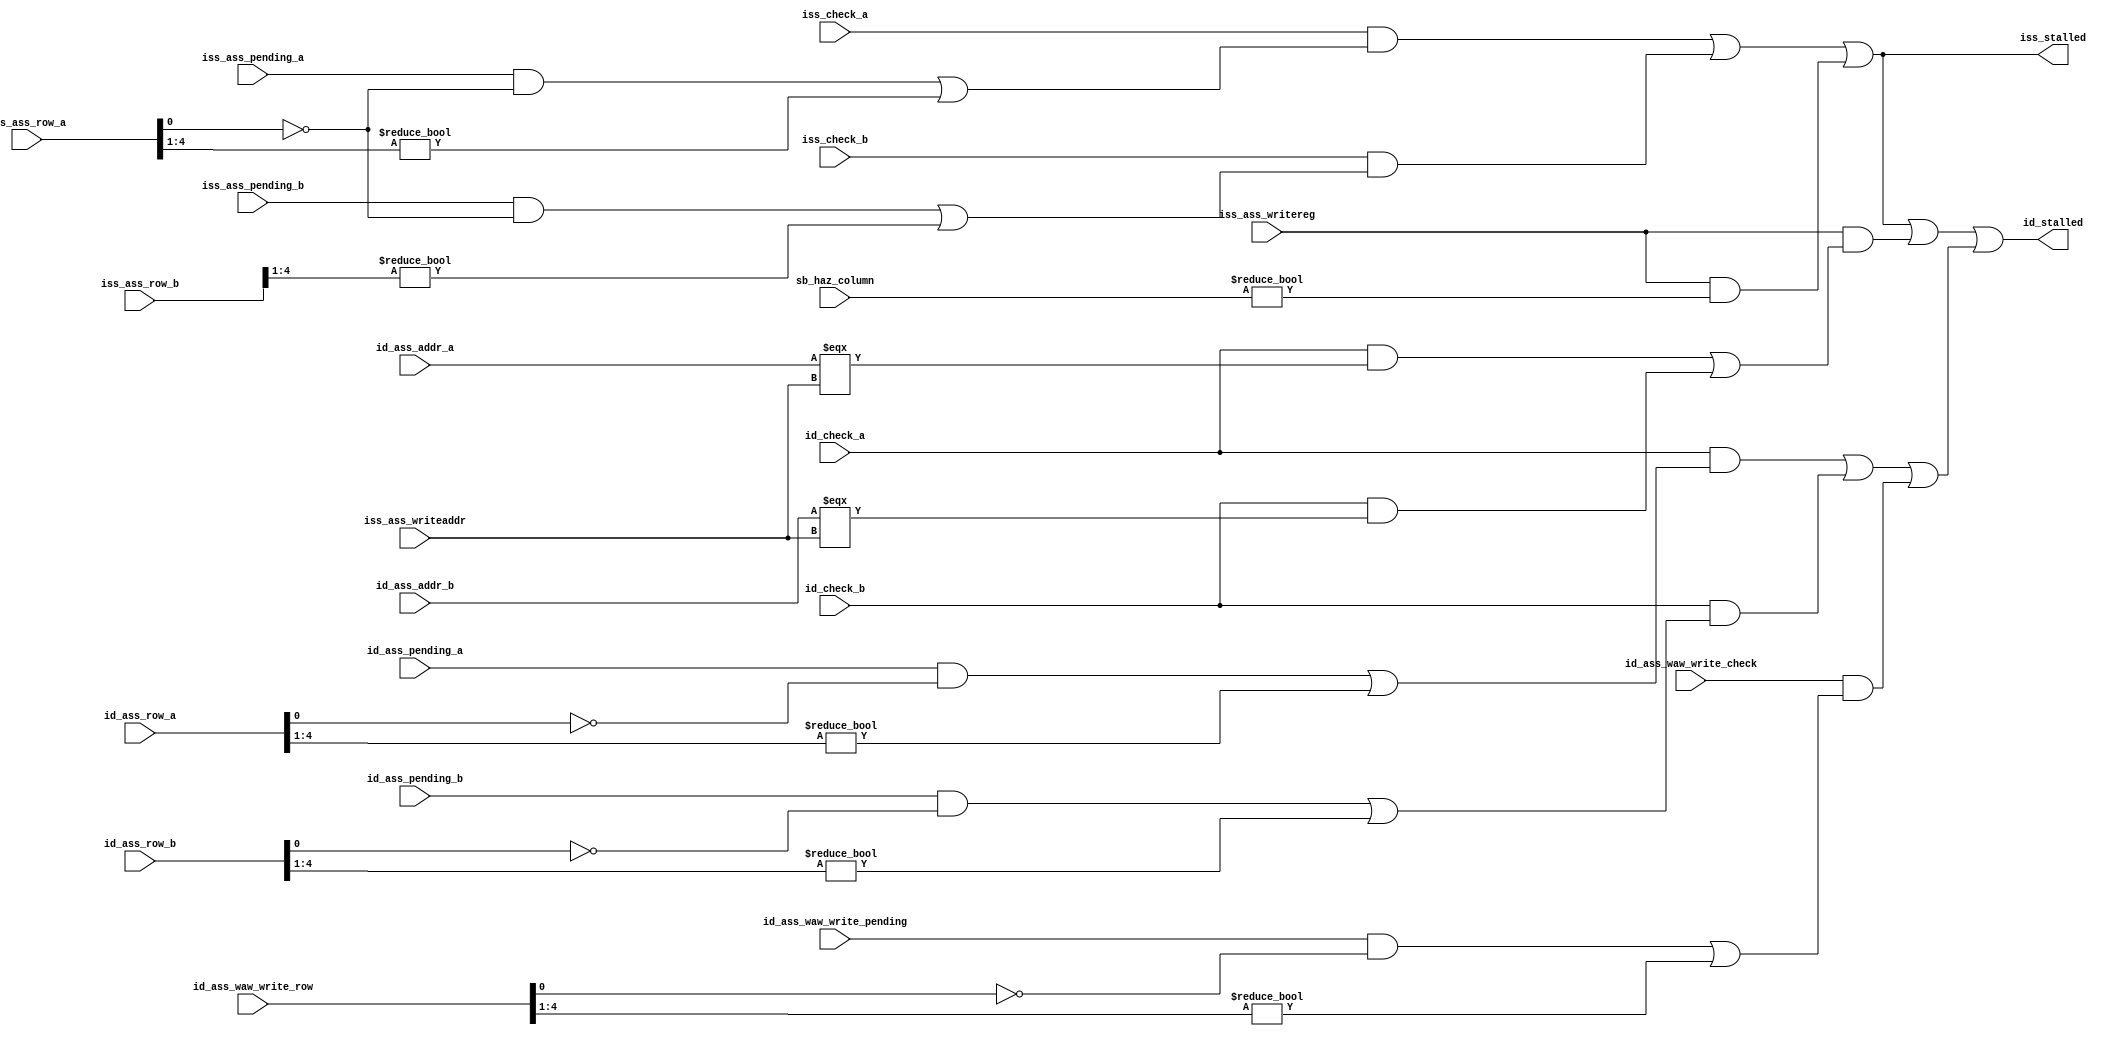
module HazardDetector (
    // Issue interface
    input iss_ass_pending_a,
    input [4:0] iss_ass_row_a,
    input iss_check_a,
    input iss_ass_pending_b,
    input [4:0] iss_ass_row_b,
    input iss_check_b,

    output iss_stalled,

    // Decode interface
    input [4:0] id_ass_addr_a,
    input id_ass_pending_a,
    input [4:0] id_ass_row_a,
    input id_check_a, // 1 = check both registers, 0 = check 'a' only
    input [4:0] id_ass_addr_b,
    input id_ass_pending_b,
    input [4:0] id_ass_row_b,
    input id_check_b,
    input [4:0] iss_ass_writeaddr,

    // Writeback structural hazard check
    input iss_ass_writereg,
    input [31:0] sb_haz_column,

    // WAW hazard check
    input id_ass_waw_write_pending,
    input [4:0] id_ass_waw_write_row,
    input id_ass_waw_write_check,

    output id_stalled

);

assign iss_stalled =
    iss_check_a &&
    (iss_ass_pending_a && !(iss_ass_row_a[0]) || iss_ass_row_a[4:1] != 0) ||
    iss_check_b &&
    (iss_ass_pending_b && !(iss_ass_row_a[0]) || iss_ass_row_b[4:1] != 0) ||
    iss_ass_writereg && (sb_haz_column != 0);

// Note: Decode and Fetch must also be stalled when Issue is stalled.
assign id_stalled = iss_stalled || (
        iss_ass_writereg && (
            (id_check_a && id_ass_addr_a === iss_ass_writeaddr) ||
            (id_check_b && id_ass_addr_b === iss_ass_writeaddr)
        )
    ) || (
    id_check_a &&
    (id_ass_pending_a && !(id_ass_row_a[0]) || id_ass_row_a[4:1] != 0) ||
    id_check_b &&
    (id_ass_pending_b && !(id_ass_row_b[0]) || id_ass_row_b[4:1] != 0) ||
    id_ass_waw_write_check &&
    (id_ass_waw_write_pending && !(id_ass_waw_write_row[0]) ||
        id_ass_waw_write_row[4:1] != 0)
);

endmodule